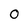
Character: 0